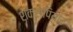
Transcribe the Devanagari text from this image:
शेक्सपियार